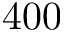
4 0 0